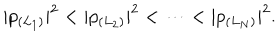
LaTeX: | p _ { ( L _ { 1 } ) } | ^ { 2 } < | p _ { ( L _ { 2 } ) } | ^ { 2 } < \cdots < | p _ { ( L _ { N } ) } | ^ { 2 } .